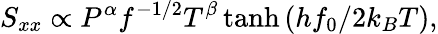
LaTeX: S_{xx}\propto P^{\alpha}f^{-1/2}T^{\beta}\operatorname{tanh}\left(hf_{0}/2k_{B}T\right),